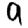
Digit: 9